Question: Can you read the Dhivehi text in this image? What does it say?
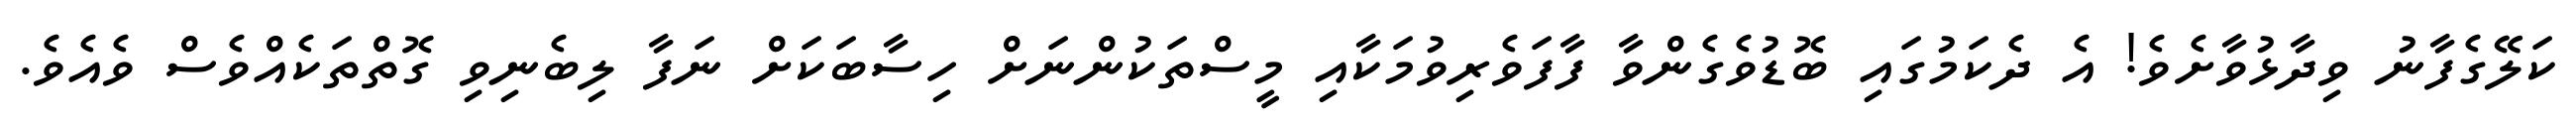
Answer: ކަލޭގެފާނު ވިދާޅުވާށެވެ! އެ ދެކަމުގައި ބޮޑުވެގެންވާ ފާފަވެރިވުމަކާއި މީސްތަކުންނަށް ހިސާބަކަށް ނަފާ ލިބެނިވި ގޮތްތަކެއްވެސް ވެއެވެ.